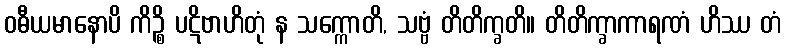
ဝဓီယမာနောပိ ကိဉ္စိ ပဋိဗာဟိတုံ န သက္ကောတိ, သဗ္ဗံ တိတိက္ခတိ။ တိတိက္ခာကာရဏံ ဟိဿ တံ